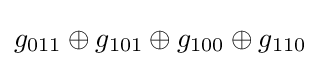
g_{011}\oplus g_{101}\oplus g_{100}\oplus g_{110}